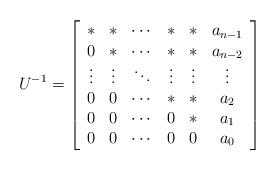
LaTeX: \begin{align*}U^{-1}=\left[ \begin{array}{cccccc}\ast & \ast & \cdots & \ast & \ast & a_{n-1} \\ 0 & \ast & \cdots & \ast & \ast & a_{n-2} \\ \vdots & \vdots & \ddots & \vdots & \vdots & \vdots \\ 0 & 0 & \cdots & \ast & \ast & a_{2} \\ 0 & 0 & \cdots & 0 & \ast & a_{1} \\ 0 & 0 & \cdots & 0 & 0 & a_{0}\end{array}\right] \end{align*}